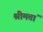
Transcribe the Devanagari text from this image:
श्रीमतां